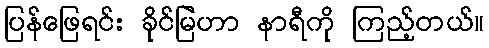
ပြန်ဖြေရင်း ခိုင်မြဲဟာ နာရီကို ကြည့်တယ်။